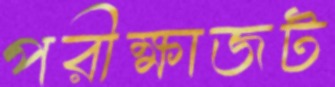
পরীক্ষাজট